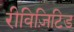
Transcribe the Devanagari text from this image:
रीविज़िटिड